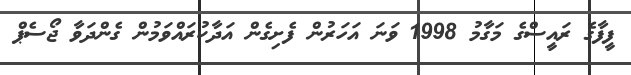
ފީފާގެ ރައީސްގެ މަގާމު 1998 ވަނަ އަހަރުން ފެށިގެން އަދާކުރައްވަމުން ގެންދަވާ ޖޯސެޕް